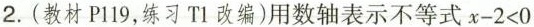
2.(教材P119，练习T1改编)用数轴表示不等式$$x - 2 < 0$$